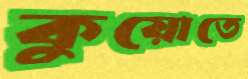
কুয়োতে